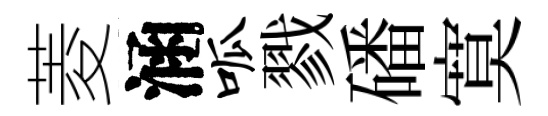
菱涵呱戮磻寞